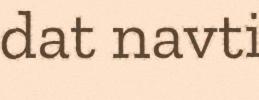
dat navti